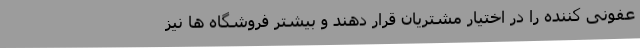
عفونی کننده را در اختیار مشتریان قرار دهند و بیشتر فروشگاه ها نیز